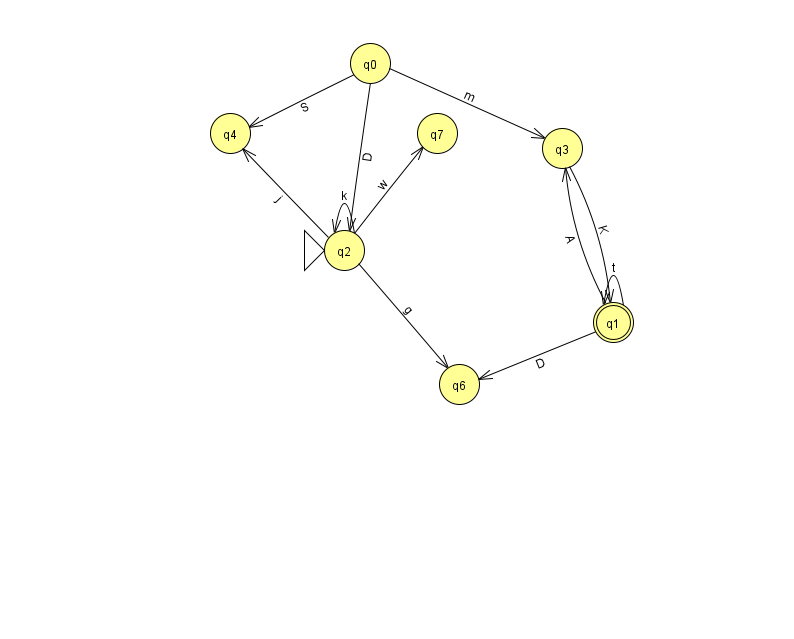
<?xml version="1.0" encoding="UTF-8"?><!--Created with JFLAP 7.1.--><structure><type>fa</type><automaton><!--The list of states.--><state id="0" name="q0"><x>370.0</x><y>50.0</y></state><state id="1" name="q1"><x>613.0</x><y>309.0</y><final/></state><state id="2" name="q2"><x>344.0</x><y>237.0</y><initial/></state><state id="3" name="q3"><x>562.0</x><y>135.0</y></state><state id="4" name="q4"><x>230.0</x><y>120.0</y></state><state id="6" name="q6"><x>459.0</x><y>371.0</y></state><state id="7" name="q7"><x>437.0</x><y>120.0</y></state><!--The list of transitions.--><transition><from>1</from><to>3</to><read>A</read></transition><transition><from>2</from><to>4</to><read>j</read></transition><transition><from>0</from><to>2</to><read>D</read></transition><transition><from>1</from><to>1</to><read>t</read></transition><transition><from>1</from><to>6</to><read>D</read></transition><transition><from>2</from><to>6</to><read>g</read></transition><transition><from>0</from><to>3</to><read>m</read></transition><transition><from>3</from><to>1</to><read>K</read></transition><transition><from>2</from><to>2</to><read>k</read></transition><transition><from>0</from><to>4</to><read>S</read></transition><transition><from>2</from><to>7</to><read>w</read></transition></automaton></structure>